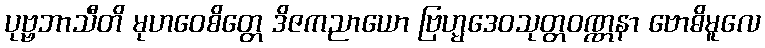
ပုဗ္ဗဘာသီတိ မုဟဝေစိတ္တေ ဒိဇကညာယော ဗြဟ္မဒေဝသုတ္တဝဏ္ဏနာ ဗောဓိမူလေ